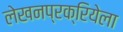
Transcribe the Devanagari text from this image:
लेखनप्रक्रियेला